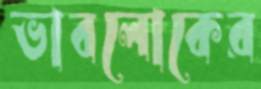
ভাবলোকের